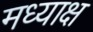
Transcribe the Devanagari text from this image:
मध्याक्ष